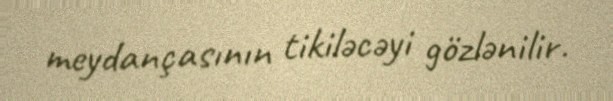
meydançasının tikiləcəyi gözlənilir.